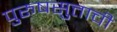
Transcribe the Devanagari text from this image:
पुरूषसुत्ताची